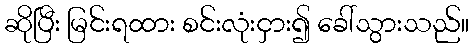
ဆိုပြီး မြင်းရထား စင်းလုံးငှား၍ ခေါ်သွားသည်။